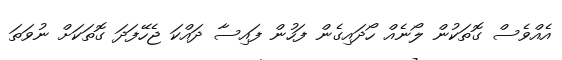
އެއްވެސް ގޮތަކުން ލޯނެއް ހޯދައިގެން ފަހުން ފައިސާ ދައްކަ ޖެހޭފަދަ ގޮތަކަށް ނުވަތަ